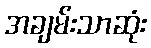
အချမ်းသာဆုံး